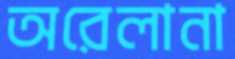
অরেলানা